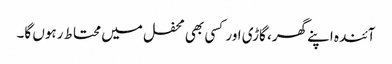
آئندہ اپنے گھر، گاڑی اور کسی بھی محفل میں محتاط رہوں گا۔